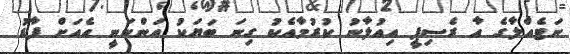
ނަޓެއްލާގެ އާ ރެސިޕީ އިއުލާނު ކުރުމާއެކު ގިނަ ބަޔަކު އަންނަނީ އެއަށް ފާޑު